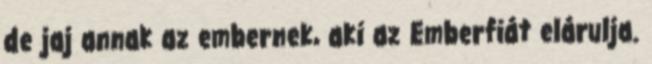
de jaj annak az embernek, aki az Emberfiát elárulja.